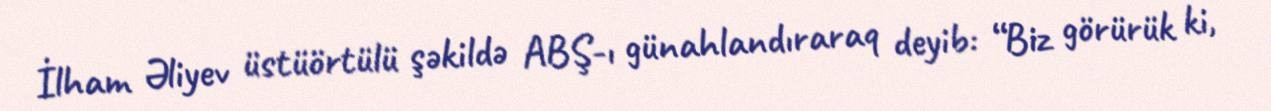
İlham Əliyev üstüörtülü şəkildə ABŞ-ı günahlandıraraq deyib: “Biz görürük ki,